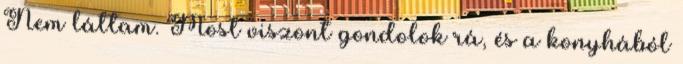
Nem láttam. Most viszont gondolok rá, és a konyhából